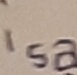
Text: isa